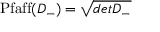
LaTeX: \mathrm { P f a f f } ( { \cal D } _ { - } ) = \sqrt { d e t { \cal D } _ { - } }